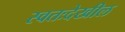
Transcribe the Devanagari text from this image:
स्वतःदेखील